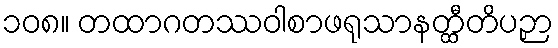
၁၀၈။ တထာဂတဿဝါစာဖရုသာနတ္ထီတိပဉှာ